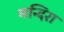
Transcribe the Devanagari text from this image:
मन्दिरा